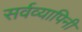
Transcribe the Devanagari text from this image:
सर्वव्यापिनी